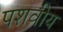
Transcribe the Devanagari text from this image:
पशवीय